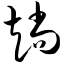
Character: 趟